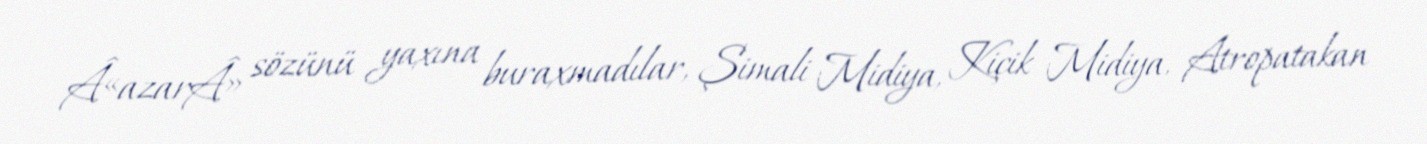
Â«azarÂ» sözünü yaxına buraxmadılar, Şimali Midiya, Kiçik Midiya, Atropatakan